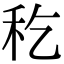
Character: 𥝖